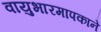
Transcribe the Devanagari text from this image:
वायुभारमापकाने